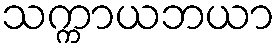
သက္ကာယဘယာ